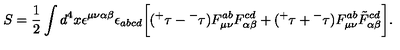
S = \frac { 1 } { 2 } \int d ^ { 4 } x \epsilon ^ { \mu \nu \alpha \beta } \epsilon _ { a b c d } \bigg [ ( { ^ + } \tau - { ^ - } \tau ) F _ { \mu \nu } ^ { a b } F _ { \alpha \beta } ^ { c d } + ( { ^ + } \tau + { ^ - } \tau ) F _ { \mu \nu } ^ { a b } \tilde { F } _ { \alpha \beta } ^ { c d } \bigg ] .